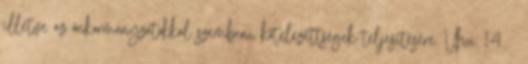
illetve az önkormányzatokkal szembeni kötelezettségek teljesítésére. Vhu. 14. §